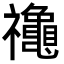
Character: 𮂪